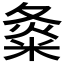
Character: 𡕝